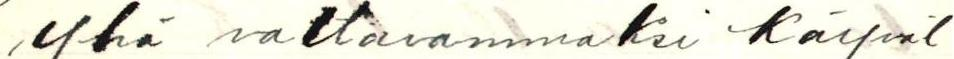
yhä valtavammaksi käyvät